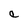
Character: e